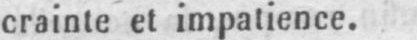
crainte et impatience.